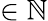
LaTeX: \in\mathbb{N}